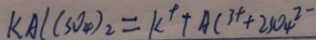
k A l ( S O _ { 4 } ) _ { 2 } = k ^ { + } + A C ^ { 3 + } + 2 S O _ { 4 } ^ { 2 - }